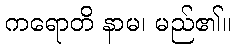
ကရောတိ နာမ၊ မည်၏။